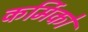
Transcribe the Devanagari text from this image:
कर्मिको